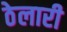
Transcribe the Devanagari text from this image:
ठेलारी